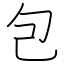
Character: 包